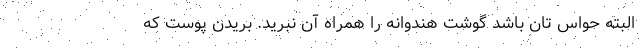
البته حواس تان باشد گوشت هندوانه را همراه آن نبُرید. بریدن پوست که